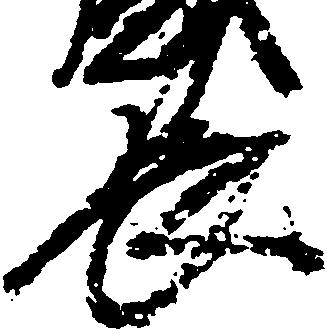
長